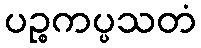
ပဉ္စကပ္ပသတံ